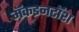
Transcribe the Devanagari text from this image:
मॅकइनटॉश